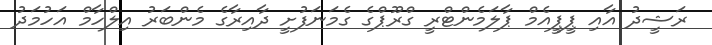
ރަޝީދު އާއި ޕީޕީއެމް ޕާލަމެންޓްރީ ގްރޫޕްގެ ގެމަނަފުށީ ދާއިރާގެ މެންބަރު އިލްހާމް އަހުމަދު